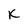
Character: K